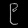
Digit: ၉